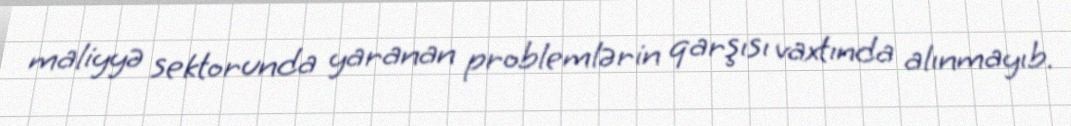
maliyyə sektorunda yaranan problemlərin qarşısı vaxtında alınmayıb.